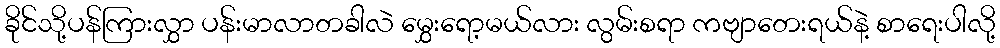
ခိုင်သို့ပန်ကြားလွှာ ပန်းမာလာတခါလဲ မွှေးရော့မယ်လား လွမ်းစရာ ကဗျာတေးရယ်နဲ့ စာရေးပါလို့